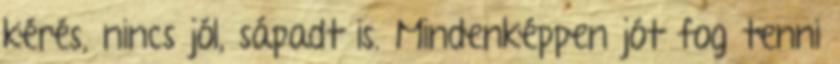
kérés, nincs jól, sápadt is. Mindenképpen jót fog tenni